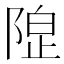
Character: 𱀦